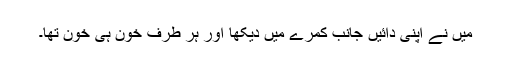
میں نے اپنی دائیں جانب کمرے میں دیکھا اور ہر طرف خون ہی خون تھا۔